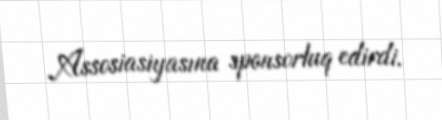
Assosiasiyasına sponsorluq edirdi.